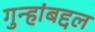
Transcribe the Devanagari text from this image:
गुन्हांबद्दल